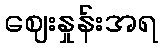
ဈေးနှုန်းအရ